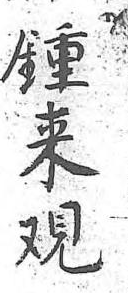
鍾來覌